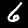
Label: 6